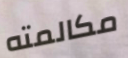
مكالمته